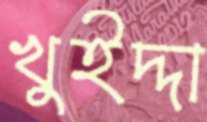
খুইদ্দা